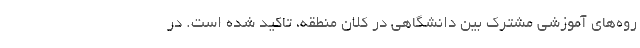
روه‌های آموزشی مشترک بین دانشگاهی در کلان منطقه، تاکید شده است. در